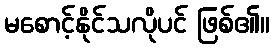
မစောင့်နိုင်သလိုပင် ဖြစ်၏။